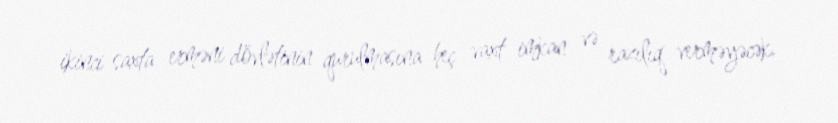
ikinci saxta erməni dövlətinin qurulmasına heç vaxt imkan və razılıq verməyəcək.